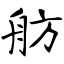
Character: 舫